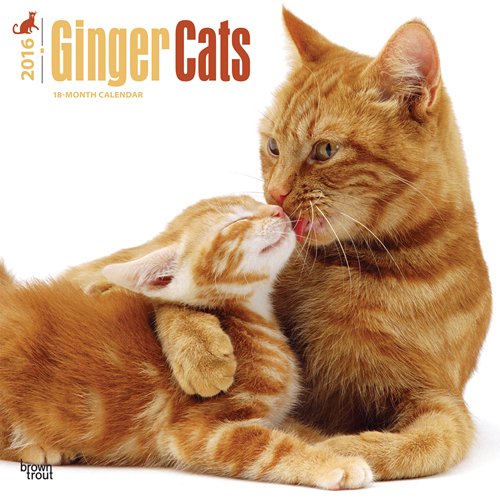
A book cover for Ginger Cats 2016 Square 12x12 (Multilingual Edition); Browntrout Publishers; Calendars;